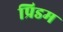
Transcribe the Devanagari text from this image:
प्रिडम